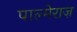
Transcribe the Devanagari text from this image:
पाल्मेराज़